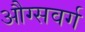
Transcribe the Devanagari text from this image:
औग्सवर्ग